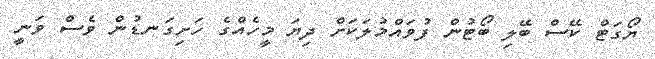
ޔޯގަޓް ކޭސް ބޭލި ބޯޓުން ފުވައްމުލަކަށް ދިޔަ މީހެއްގެ ހަށިގަނޑުން ވެސް ވަނީ